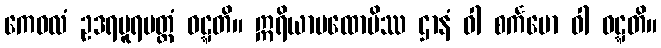
ကေဝလံ ဥဒရပူရမတ္တံ ဝဋ္ဋတိ။ ဣရိယာပထောပိဿ ဌာနံ ဝါ စင်္ကမော ဝါ ဝဋ္ဋတိ။